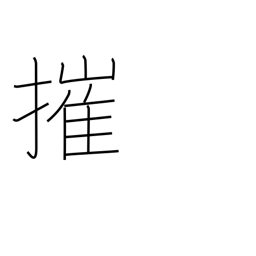
Meaning: smash